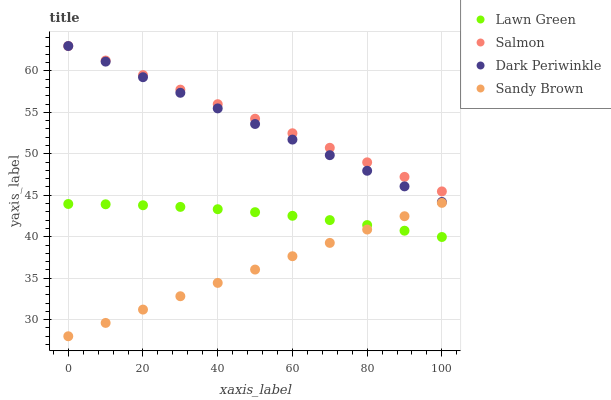
| xaxis_label | Lawn Green | Salmon | Dark Periwinkle | Sandy Brown |
 | --- | --- | --- | --- | --- |
 | 0 | 44 | 63 | 63 | 28 |
 | 10 | 43.9 | 61.2 | 61.1 | 29.6 |
 | 20 | 43.8 | 59.5 | 59.2 | 31.2 |
 | 30 | 43.6 | 57.7 | 57.4 | 32.8 |
 | 40 | 43.3 | 56 | 55.5 | 34.4 |
 | 50 | 43 | 54.2 | 53.6 | 36 |
 | 60 | 42.5 | 52.5 | 51.7 | 37.7 |
 | 70 | 42 | 50.7 | 49.8 | 39.3 |
 | 80 | 41.4 | 49 | 48 | 40.9 |
 | 90 | 40.7 | 47.2 | 46.1 | 42.5 |
 | 100 | 40 | 45.5 | 44.2 | 44.1 |